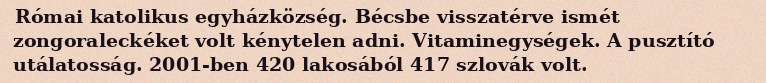
Római katolikus egyházközség. Bécsbe visszatérve ismét zongoraleckéket volt kénytelen adni. Vitaminegységek. A pusztító utálatosság. 2001-ben 420 lakosából 417 szlovák volt.